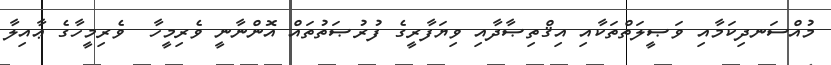
މުއްސަނދިކަމާއި ވަޞީލަތްތަކާއި އިޤްތިޞާދާއި ވިޔަފާރީގެ ފުރުޞަތުތައް އޮންނާނީ ވެރިމީހާ  ވެރިމީހާގެ ޢާއިލާ